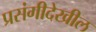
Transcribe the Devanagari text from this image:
प्रसंगीदेखील